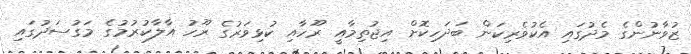
ޒުވާނުންގެ މެދުގައި އެކުވެރިކަން ބަދަހިކޮށް އިޖުތިމާއީ ރޫހާއި ކުޅިވަރުގެ ރޫހު އާލާކުރުމުގެ މަގުސަދުގައި